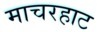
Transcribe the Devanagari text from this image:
माचरहाट